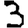
Digit: 3